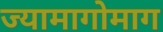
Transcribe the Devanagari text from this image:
ज्यामागोमाग